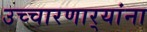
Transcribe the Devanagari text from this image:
उच्चारणार्‍यांना